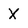
Character: X